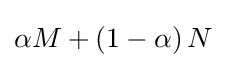
\alpha M+\left(1-\alpha \right)N